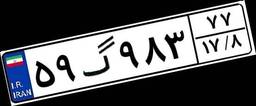
۵۹گ۹۸۳۷۷